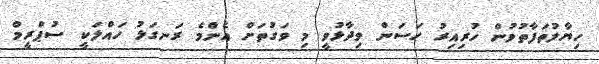
ހިޔާލުތަފާތުވުން ހުރިއިރު ހަސަން ވިދާޅުވީ މި ވަގުތަށް އެންމެ ރަނގަޅު ހައްލަކީ ސުޕްރީމް